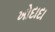
ખોદાદા